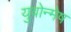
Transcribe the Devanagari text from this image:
युवोन्मेष